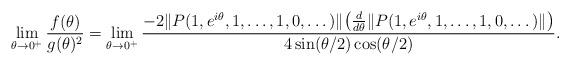
LaTeX: \begin{align*}\lim_{\theta\to 0^+} \frac{f(\theta)}{g(\theta)^2}= \lim_{\theta\to 0^+} \frac{-2 \|P(1, e^{i\theta}, 1,\dots, 1, 0,\dots)\| \big(\frac{d}{d\theta} \|P(1, e^{i\theta}, 1,\dots, 1, 0,\dots)\| \big)}{4\sin(\theta/2)\cos(\theta/2)}.\end{align*}